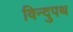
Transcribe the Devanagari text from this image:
विन्दुपथ